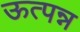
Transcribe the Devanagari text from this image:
ऊत्पन्न